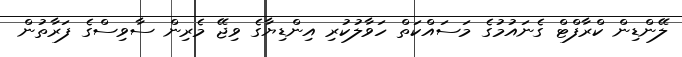
ލޭންޑިން ކްރާފްޓް ގެނައުމުގެ މަސައްކަތް ހަވާލުކުރި އިންޑިޔާގެ ވިޖޭ މެރިން ސާވިސްގެ ފަރާތުން